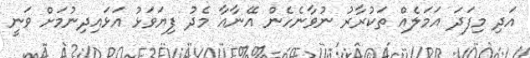
އަދި މިފަދަ އަމަލެއް ތަކުރާރު ނުވާނެހެން އޭނާއާ މެދު ފިޔަވަޅު އަޅައިދިނުމަށް ވަނީ